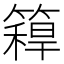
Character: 𥳼